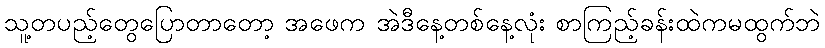
သူ့တပည့်တွေပြောတာတော့ အဖေက အဲဒီနေ့တစ်နေ့လုံး စာကြည့်ခန်းထဲကမထွက်ဘဲ